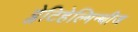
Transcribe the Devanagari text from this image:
प्लेटिहेल्मिन्थीज